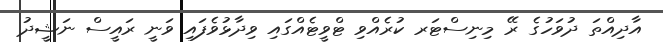
އާދިއްތަ ދުވަހުގެ ރޭ މިނިސްޓަރ ކުރެއްވި ޓްވީޓެއްގައި ވިދާޅުވެފައި ވަނީ ރައީސް ނަޝީދު